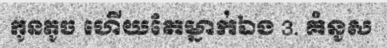
កូនតូច ហើយតែម្នាក់ឯង 3. គំនូស